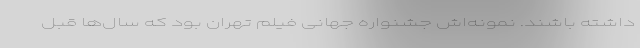
داشته باشند. نمونه‌اش جشنواره جهانی فیلم تهران بود که سال‌ها قبل